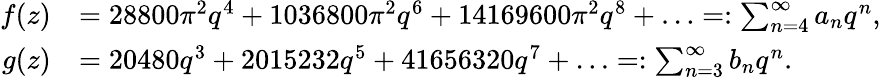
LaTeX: \begin{array}{rl}{f(z)}&{=28800\pi^{2}q^{4}+1036800\pi^{2}q^{6}+14169600\pi^{2}q^{8}+\ldots=:\sum_{n=4}^{\infty}a_{n}q^{n},}\\ {g(z)}&{=20480q^{3}+2015232q^{5}+41656320q^{7}+\ldots=:\sum_{n=3}^{\infty}b_{n}q^{n}.}\end{array}